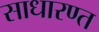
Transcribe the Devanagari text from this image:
साधारण्त